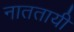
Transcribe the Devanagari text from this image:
नाततायी